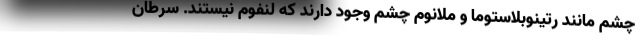
چشم مانند رتینوبلاستوما و ملانوم چشم وجود دارند که لنفوم نیستند. سرطان